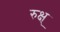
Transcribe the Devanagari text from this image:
रुक्ष्